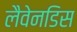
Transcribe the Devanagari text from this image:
लैवेनडिस